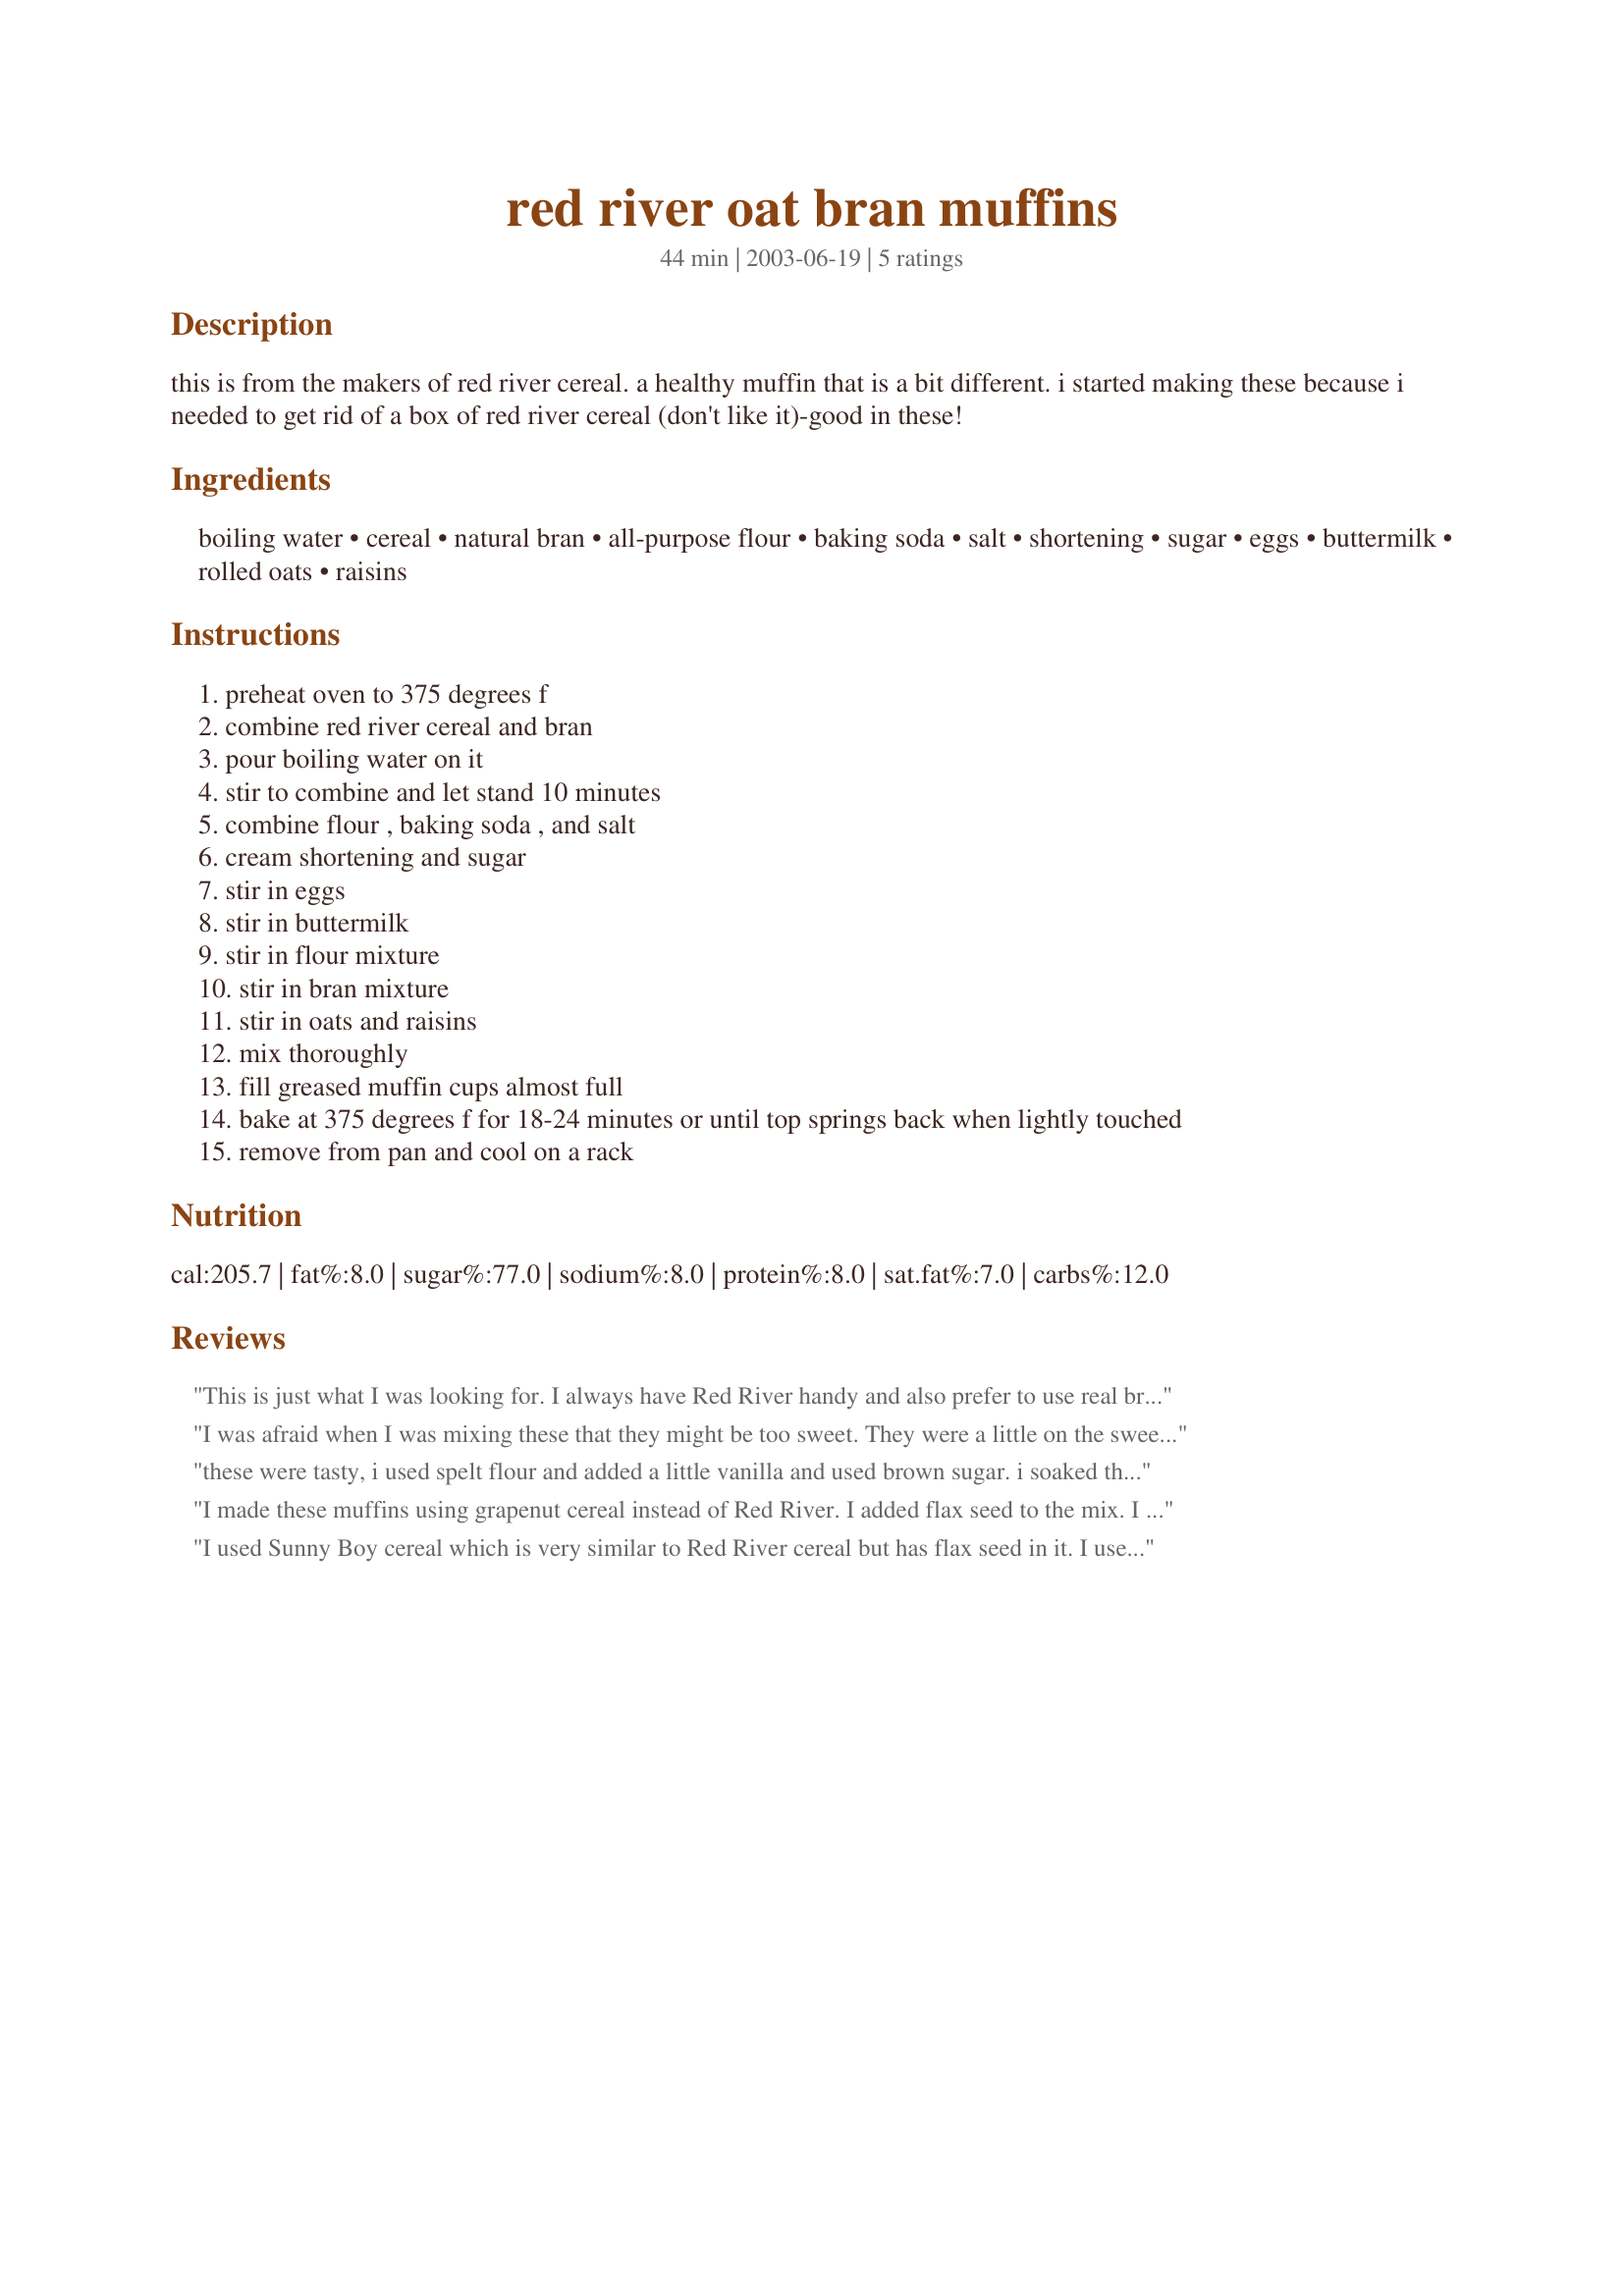
red river oat bran muffins
Preparation time: 44 minutes

this is from the makers of red river cereal. a healthy muffin that is a bit different. i started making these because i needed to get rid of a box of red river cereal (don't like it)-good in these!

Ingredients:
boiling water, cereal, natural bran, all-purpose flour, baking soda, salt, shortening, sugar, eggs, buttermilk, rolled oats, raisins

Steps:
preheat oven to 375 degrees f
combine red river cereal and bran
pour boiling water on it
stir to combine and let stand 10 minutes
combine flour , baking soda , and salt
cream shortening and sugar
stir in eggs
stir in buttermilk
stir in flour mixture
stir in bran mixture
stir in oats and raisins
mix thoroughly
fill greased muffin cups almost full
bake at 375 degrees f for 18-24 minutes or until top springs back when lightly touched
remove from pan and cool on a rack

Reviews:
This is just what I was looking for. I always have Red River handy and also prefer to use real bran rather than the cereals. I used Jenny's suggestion and used Canola oil instead of shortening. I also used 1 1/2 cups of whole wheat flour and 1 cup of white flour. I threw in some frozen cranberries and we both loved these healthy muffins. Thanks Mae East!
I was afraid when I was mixing these that they might be too sweet. They were a little on the sweet side, but fine really. They sat quite well; they were still delicious on the third morning. In fact, the Red River softened up a little once they sat for a bit. I used vegetable oil instead of shortening, which worked well. Very good!
these were tasty, i used spelt flour and added a little vanilla and used brown sugar. i soaked the raisons with the cereal and bran to reconstitute them (adding a little more water).
the cereal was still quite raw in the finished product and that was ok but maybe even more water was needed (i actually soaked it overnight so i know it was long enough). next time i'll cook them at 350 instead. mine were done at exactly 18 min but a little overdone on the edges. but over all a super yummy muffin, i loved the oats in them, and a nice way to use up red river. thanks
I made these muffins using grapenut cereal instead of Red River. I added flax seed to the mix. I used raisins and dried cherries. I really enjoyed the taste, texture, and look of these muffins. Thanks!
I used Sunny Boy cereal which is very similar to Red River cereal but has flax seed in it. I used 3/4 c sugar and 3/4 c Splenda and blended the oats with the flour, sugar, Splenda and baking soda and salt. Used oil like other reviewers which I blended with the milk and egg and made a well in the dry ingredients and mixed in the soaked cereal and wet ingredients. Used 2 cups of dried cranberries which I mixed in last. Next time I will try these with applesauce instead of the oil. These were very nice and I will make them again!
